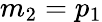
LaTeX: m_{2}=p_{1}